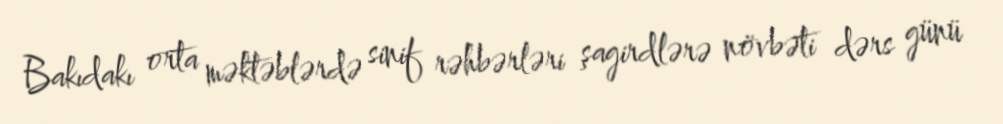
Bakıdakı orta məktəblərdə sinif rəhbərləri şagirdlərə növbəti dərs günü